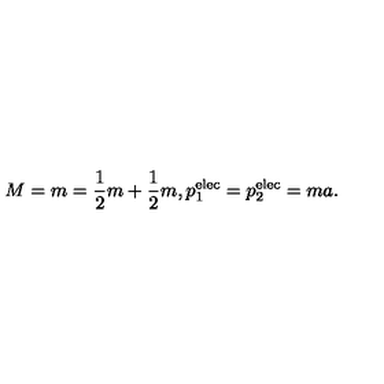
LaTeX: M = m = { \frac { 1 } { 2 } } m + { \frac { 1 } { 2 } } m , p _ { 1 } ^ { \mathrm { e l e c } } = p _ { 2 } ^ { \mathrm { e l e c } } = m a .